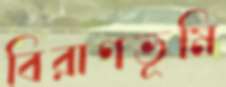
বিরাণভূমি